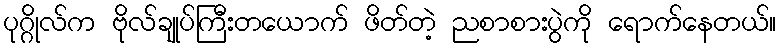
ပုဂ္ဂိုလ်က ဗိုလ်ချုပ်ကြီးတယောက် ဖိတ်တဲ့ ညစာစားပွဲကို ရောက်နေတယ်။